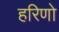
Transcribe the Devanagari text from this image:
हरिणो